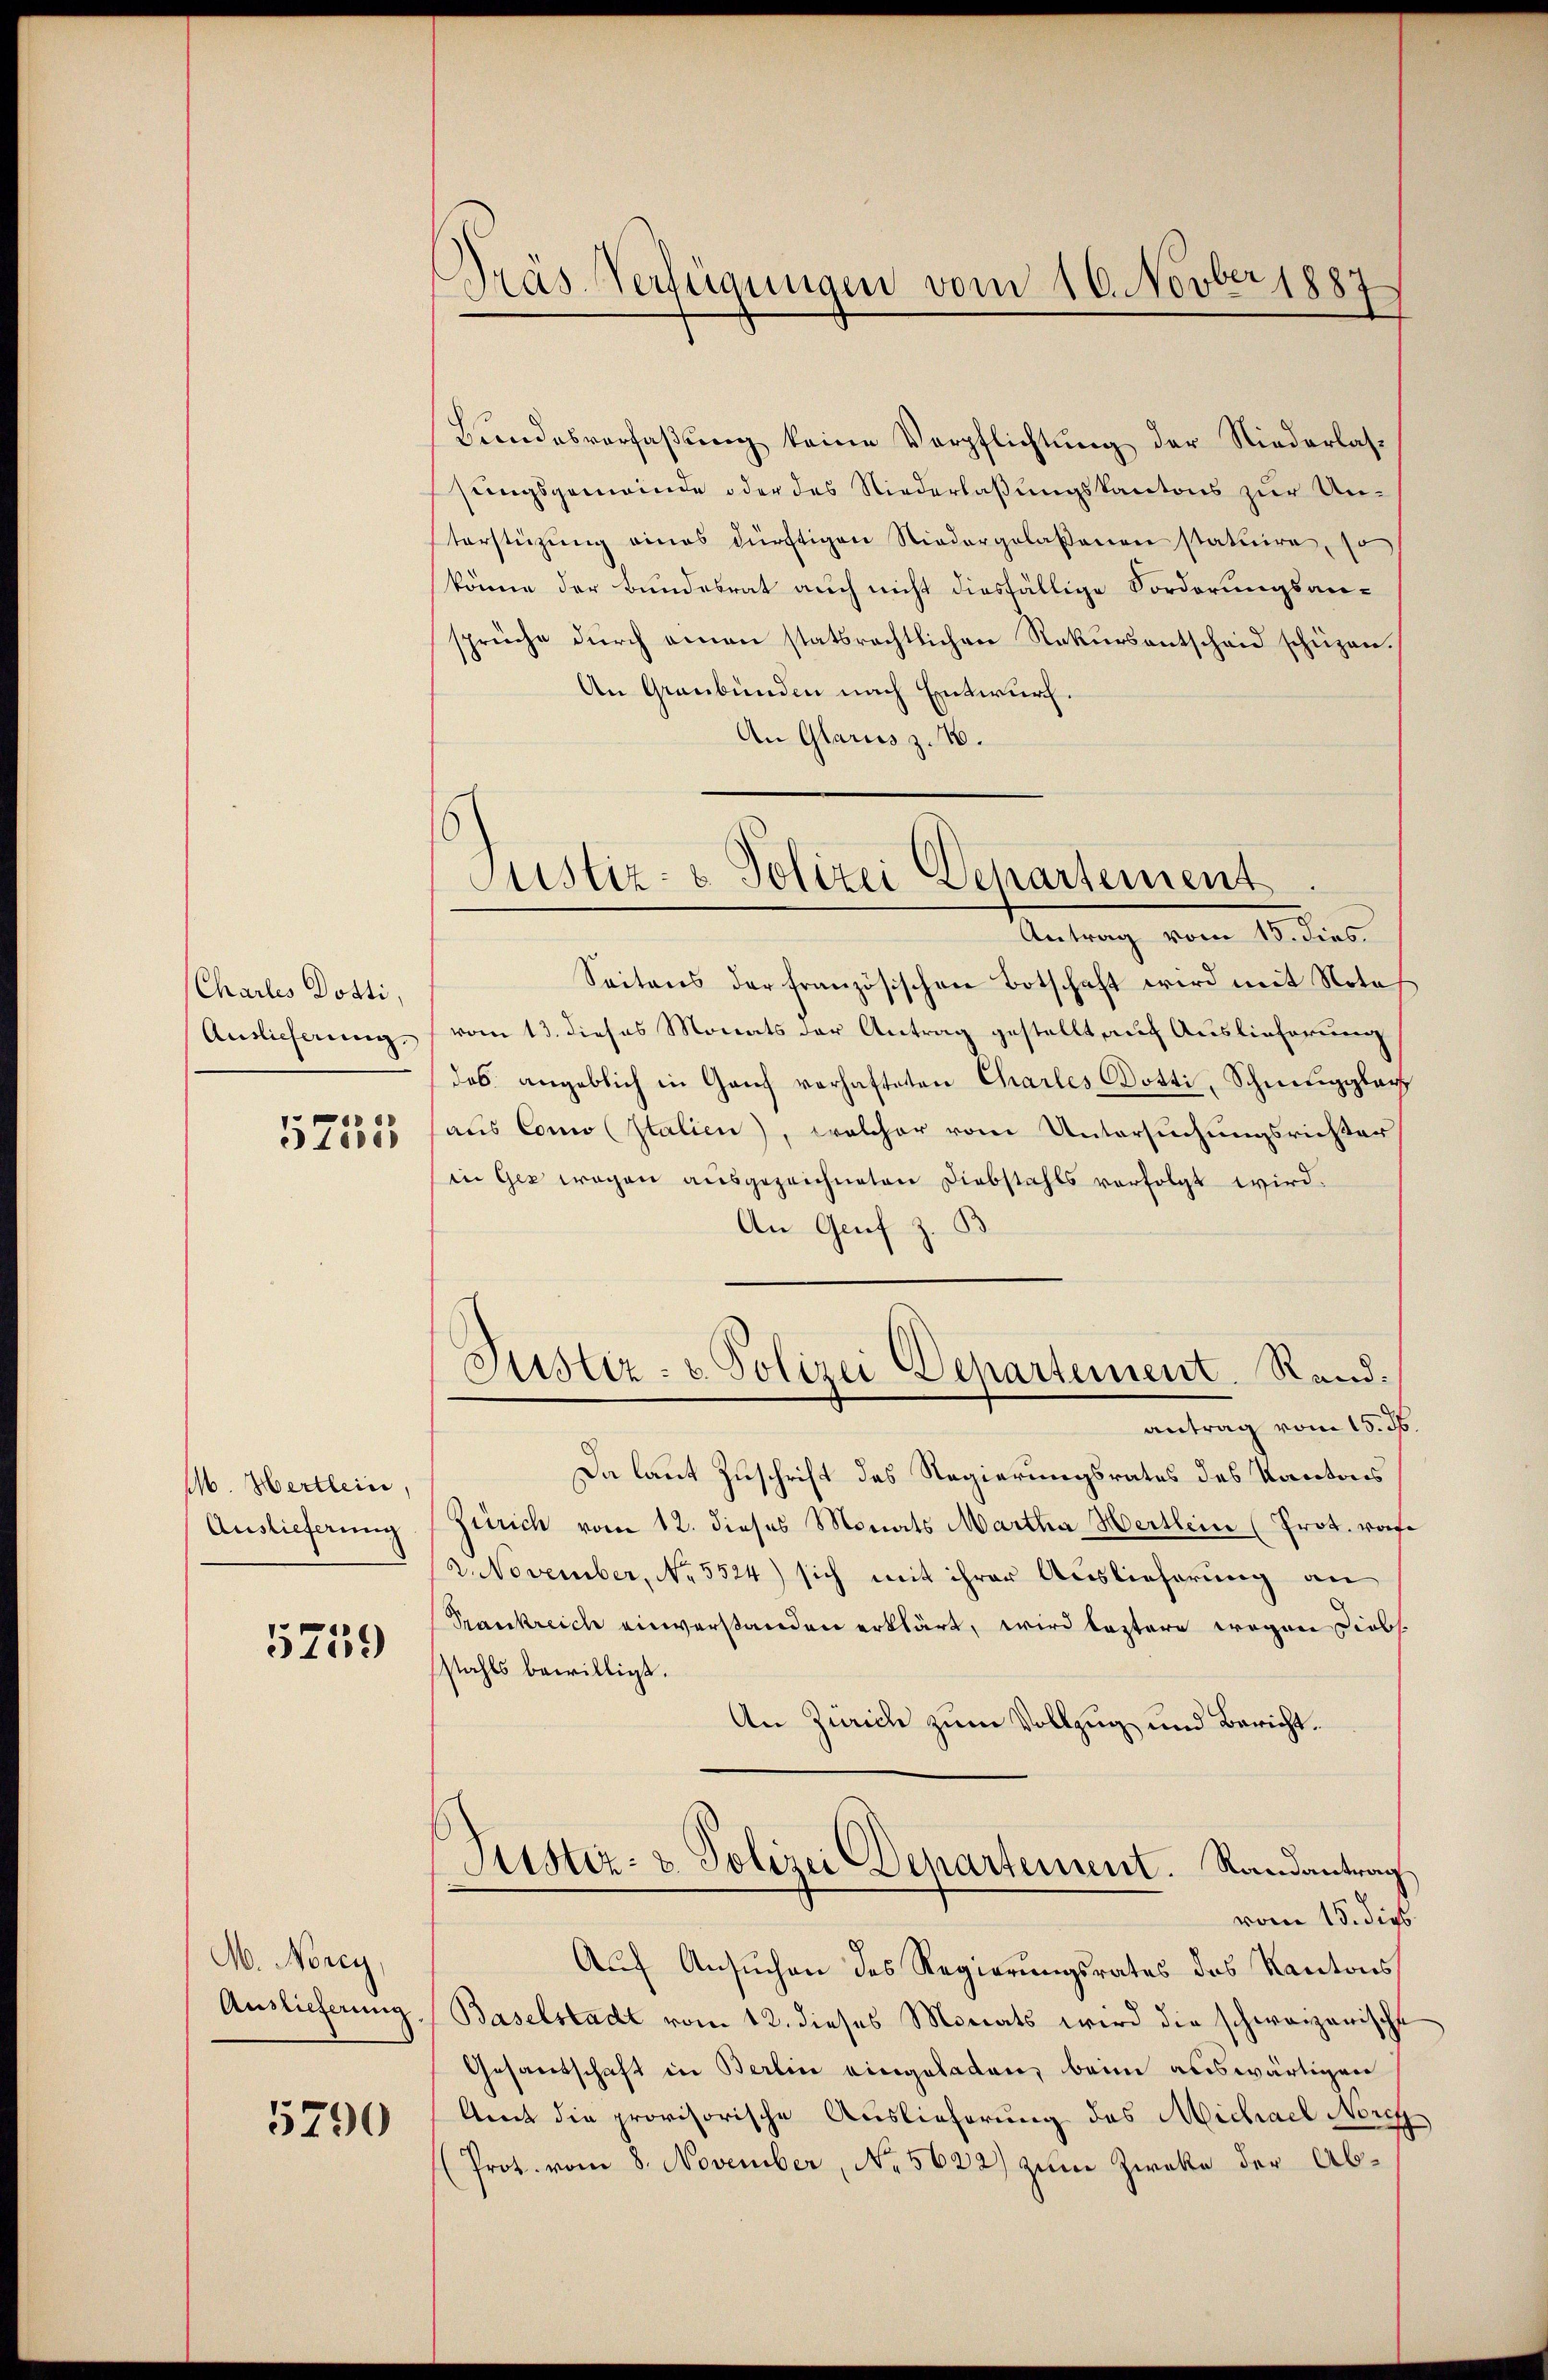
Charles Dotti,
Auslieferung.

5755

M. Hertlein,
Auslieferung

5759

M. Norey
Auslieferung

5790

Bundesverfaßung keine Verpflichtung der Niederlassungsgemeinde oder das Niederlaßungskantons zur Unterstüzung eines dürftigen Niedergelaßenen statuire, so
könne der Bundesrat auch nicht diesfällige Forderungsansprüche dŭrch einen statsrechtlichen Rekŭrsentscheid schüzen.
An Graubünden nach Entwurf.
An Glarus z. 16.

Präs. Verfügungen vom 16. Novber 1887

Astiz- & Polizei Departement

Justiz- u. Polizei Departement. Rand.

Antrag vom 15. dies
Seitens der französischen Botschaft wird mit Note se
vom 13. dieses Monats der Antrag gestellt auf Auslieferung
dos angeblich in Ganz verhafteten Charles Dotti, Schneeggbach
aus Como (Italien), welcher vom Untersuchungsrichter
in Gez wegen ausgezeichneten Diebstahls verfolgt wird.
An Genf z
antrag vom 15. ds
Da laut Zuschrift des Regierungsrates des Kantons
Zürich vom 12. dieses Monats Martha Hertlein (Prot. wofe
2. November, No. 5524) sich mit ihrer Auslieferung an
Trankreich einverstanden erklärt, wird leztere wegen Liebs
stahls bewilligt.
An Zürich zum Vollzug und Bericht.
Justiz- & Polizei Departement. Randantrag
vom 15. dies
Auf Ansuchen des Regierungsrates des Kantons
Baselstadt vom 12. dieses Monats wird die schweizerische
Gesandschaft in Berlin eingeladen, beim auswärtigen
Amt die provisorische Auslieferung des Michael Norig
(Prot. vom 8. November, No. 5622) zum Zwecke der Ab¬